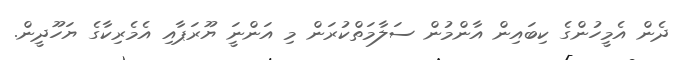
ދެން އެމީހުންގެ ކިބައިން އާންމުން ސަލާމަތްކުރަން މި އަންނަީ ޔޫރަޕާއި އެމެރިކާގެ ޔަހޫދީން.